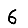
Digit: 6